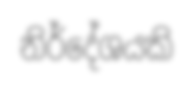
නිර්දේශයකි